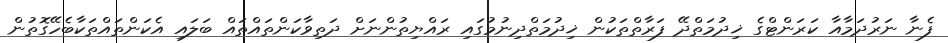
ފެނާ ނަރުދަމާއާ ކަރަންޓްގެ ޚިދުމަތްދޭ ފަރާތްތަކުން ޚިދުމަތްދިނުމުގައި ރައްޔިތުންނަށް ދަތިވާކަންތައްތައް ބަލައި އެކަންތައްތަކާބެހޭގޮތުން